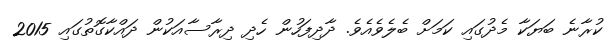
ކުރާނެ ބަޔަކާ މެދުގައި ކަމަށް ބެލެވެއެވެ. ދާދިފަހުން ހެދި ދިރާސާއަކުން ދައްކާގޮތުގައި 2015